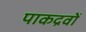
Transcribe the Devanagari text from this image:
पाकद्रवों